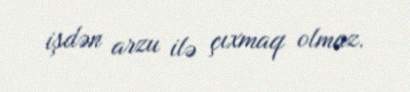
işdən arzu ilə çıxmaq olmaz.